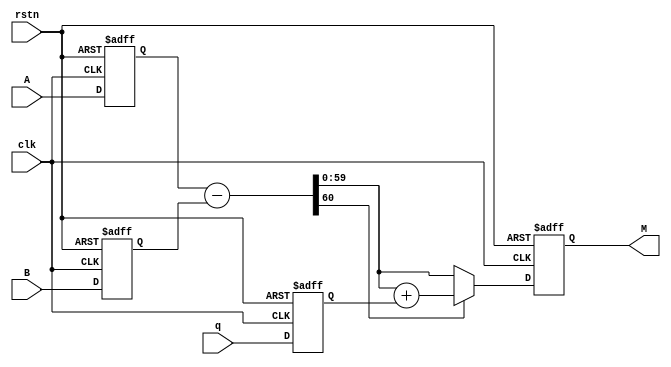
`timescale 1ns / 1ps
//////////////////////////////////////////////////////////////////////////////////
// Company: 
// Engineer: 
// 
// Design Name: 
// Module Name: ModSub
// Project Name: 
// Target Devices: 
// Tool Versions: 
// Description: 
// 
// Dependencies: 
// 
// Revision:
// Revision 0.01 - File Created
// Additional Comments:
// 
//////////////////////////////////////////////////////////////////////////////////


module ModSub
    #(parameter BIT_SIZE = 60)
    (
        input clk,
        input rstn,
        input      [BIT_SIZE - 1:0] A,
        input      [BIT_SIZE - 1:0] B,
        input      [BIT_SIZE - 1:0] q,
        output reg [BIT_SIZE - 1:0] M
    );
    
    wire [BIT_SIZE:0] add;
    wire [BIT_SIZE:0] sub;
        
    reg  [BIT_SIZE - 1:0] in_A;
    reg  [BIT_SIZE - 1:0] in_B;
    reg  [BIT_SIZE - 1:0] in_q;
    wire [BIT_SIZE - 1:0] out_M;
    
    // input
    always @(posedge clk or negedge rstn)
    begin
        if (~rstn) 
        begin
            in_A <= 0;
            in_B <= 0;
            in_q <= 0;
        end
        else
        begin
            in_A <= A;
            in_B <= B;
            in_q <= q;
        end
    end
    
    // datapath
    assign sub = in_A - in_B;
    assign add = sub[BIT_SIZE - 1:0] + in_q;
    
    assign out_M = (sub[BIT_SIZE]) ? add[BIT_SIZE - 1:0] : sub[BIT_SIZE - 1:0];
    
    
    // output
    always @(posedge clk or negedge rstn)
    begin
        if (~rstn) 
        begin
            M <= 0;
        end
        else
        begin
            M <= out_M;
        end
    end
    
endmodule